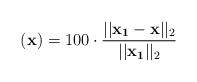
LaTeX: \begin{align*}\begin{aligned}(\mathbf{x}) = 100 \cdot \frac{||\mathbf{x_{1}} - \mathbf{x}||_2}{||\mathbf{x_1}||_2}\end{aligned}\end{align*}